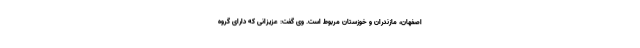
اصفهان، مازندران و خوزستان مربوط است. وی گفت: عزیزانی که دارای گروه